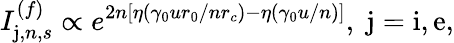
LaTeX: I_{\mathrm{j},n,s}^{(f)}\propto e^{2n\left[\eta(\gamma_{0}ur_{0}/nr_{c})-\eta(\gamma_{0}u/n)\right]},\; \mathrm{j}=\mathrm{i},\mathrm{e},